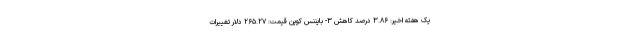
یک هفته اخیر: ۳.۸۶ درصد کاهش ۳- بایننس کوین قیمت: ۲۶۵.۲۷ دلار تغییرات